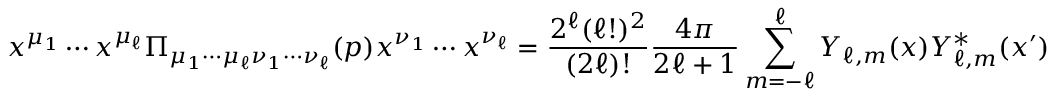
x ^ { \mu _ { 1 } } \cdots x ^ { \mu _ { \ell } } \Pi _ { \mu _ { 1 } \cdots \mu _ { \ell } \nu _ { 1 } \cdots \nu _ { \ell } } ( p ) x ^ { \nu _ { 1 } } \cdots x ^ { \nu _ { \ell } } = { \frac { 2 ^ { \ell } ( \ell ! ) ^ { 2 } } { ( 2 \ell ) ! } } { \frac { 4 \pi } { 2 \ell + 1 } } \sum _ { m = - \ell } ^ { \ell } Y _ { \ell , m } ( x ) Y _ { \ell , m } ^ { * } ( x ^ { \prime } )